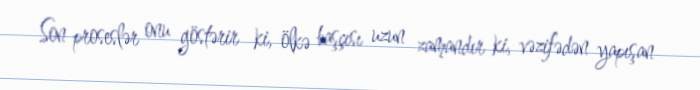
Son proseslər onu göstərir ki, ölkə başçısı uzun zamandır ki, vəzifədən yapışan